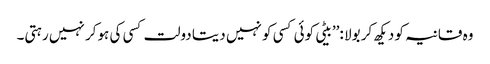
وہ قانیہ کو دیکھ کر بولا :’’بیٹی کوئی کسی کو نہیں دیتا دولت کسی کی ہوکر نہیں رہتی۔